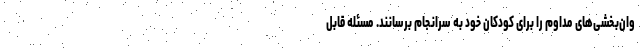
وان‌بخشی‌های مداوم را برای کودکان خود به سرانجام برسانند. مسئله قابل